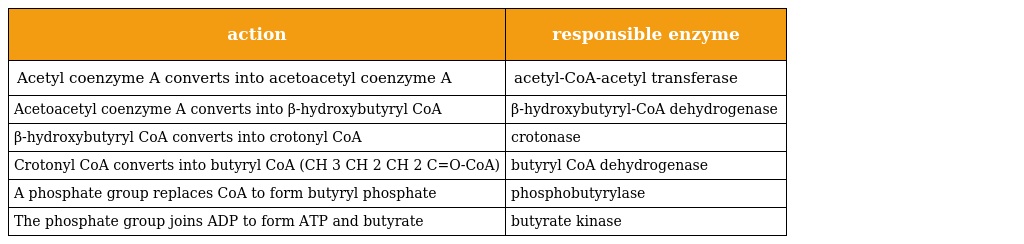
| action | responsible enzyme |
 | --- | --- |
 | Acetyl coenzyme A converts into acetoacetyl coenzyme A | acetyl-CoA-acetyl transferase |
 | Acetoacetyl coenzyme A converts into β-hydroxybutyryl CoA | β-hydroxybutyryl-CoA dehydrogenase |
 | β-hydroxybutyryl CoA converts into crotonyl CoA | crotonase |
 | Crotonyl CoA converts into butyryl CoA (CH 3 CH 2 CH 2 C=O-CoA) | butyryl CoA dehydrogenase |
 | A phosphate group replaces CoA to form butyryl phosphate | phosphobutyrylase |
 | The phosphate group joins ADP to form ATP and butyrate | butyrate kinase |